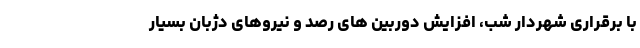
با برقراری شهردار شب، افزایش دوربین های رصد و نیروهای دژبان بسیار